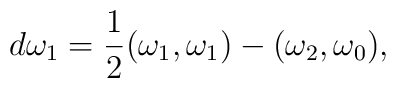
d\omega_1={1\over 2}(\omega_1,\omega_1)-(\omega_2,\omega_0),